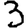
Digit: 3